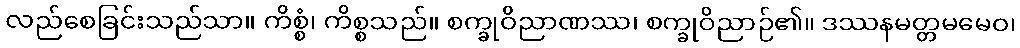
လည်စေခြင်းသည်သာ။ ကိစ္စံ၊ ကိစ္စသည်။ စက္ခုဝိညာဏဿ၊ စက္ခုဝိညာဉ်၏။ ဒဿနမတ္တမမေဝ၊